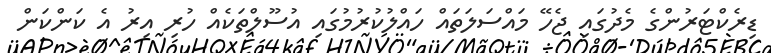
ޑިރެކްޓަރުންގެ މެދުގައި ޖެހޭ މައްސަލަތައް ހައްލުކުރުމުގައި އުސޫލްތަކެއް ހުރި އިރު އެ ކަންކަން